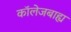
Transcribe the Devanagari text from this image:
कॉलेजबाह्य